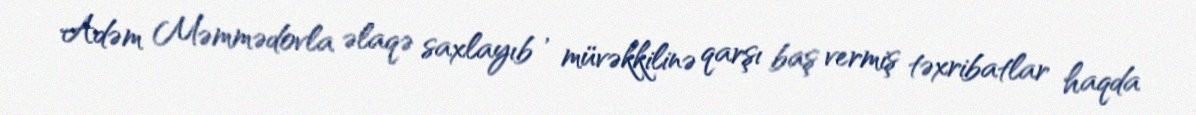
Adəm Məmmədovla əlaqə saxlayıb , müvəkkilinə qarşı baş vermiş təxribatlar haqda